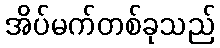
အိပ်မက်တစ်ခုသည်